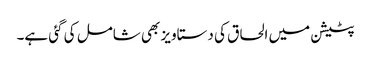
پٹیشن میں الحاق کی دستاویز بھی شامل کی گئی ہے۔